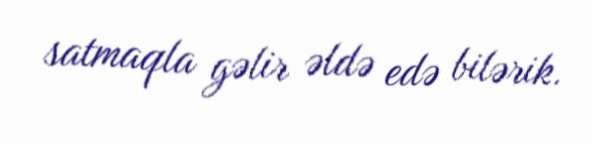
satmaqla gəlir əldə edə bilərik.